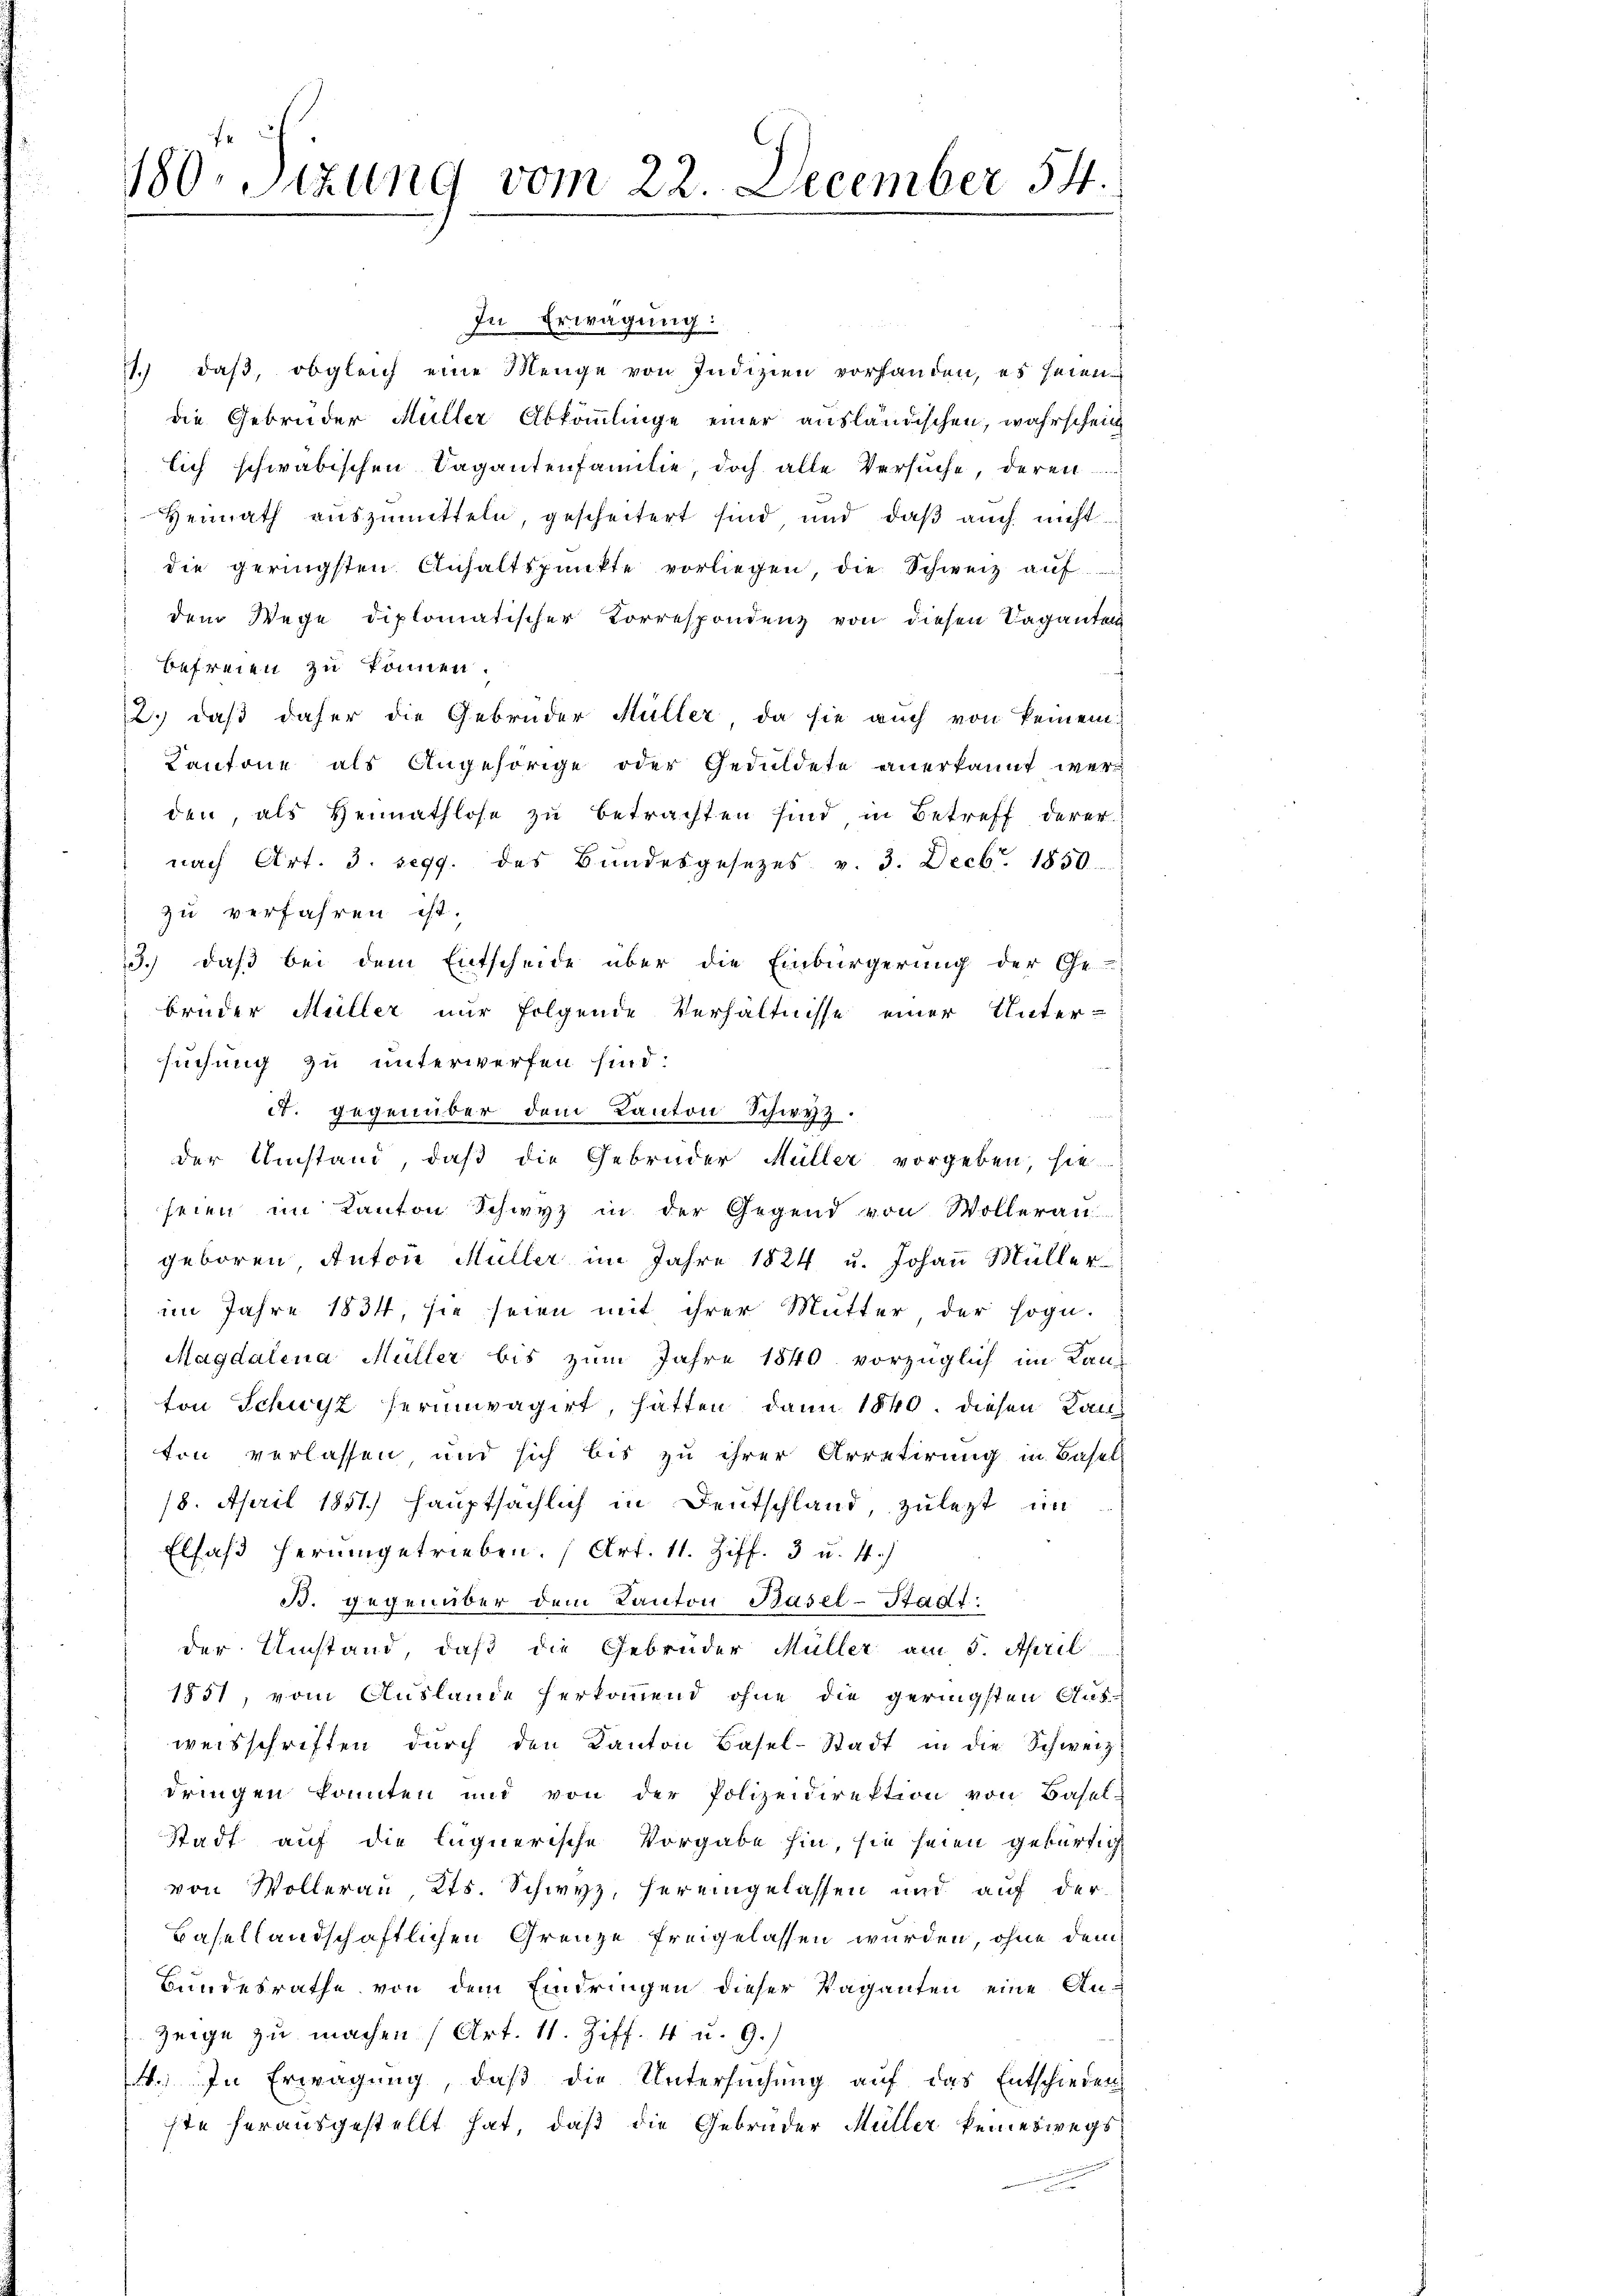
180. Sizung vom 22. December 54.

In Erwägung:
1.) daß, obgleich eine Menge von Indizien vorhanden, es seien
die Gebrüder Müller Abkömmlinge einer ausländischen, wahrschein
lich schwäbischen Sagantenfamilie, doch alle Versuche, deren
Heimath auszumitteln, gescheitert sind und daß auch nicht
die geringsten Anhaltspunkte vorliegen, die Schweiz auf
dem Wege diplomatischer Korrespondenz von diesen Vaganten
Befreien zu können.
2.) daß daher die Gebrüder Hüller, da sie auch von keinem
Kantone als Angehörige oder Geduldete anerkannt werden, als Heimathlose zu betrachten sind in Betreff derer
nach Art. 3. 1299 des Bundesgesetzes v. 3. Decb. 1850.
zu verfahren ist.
3.) daß bei dem Entscheide über die Einbürgerung der Ge-
brüder Müller nur folgende Verhältnisse einer Unter-
suchung zu unterwerfen sind.
A. gegenüber dem Kanton Schwyz.
der Umstand, daß die Gebrüder Müller vorgeben, sie
seien im Kanton Schwyz in der Gegend von Wolleran
geboren Anton Müller im Jahre 1824 u. Johann Müller
im Jahre 1834, sie seien mit ihrer Mutter der soge-
Magdalena Müller bis zum Jahre 1840 vorzüglich im Kan-
ton Schwyz herumvagirt, hätten, dann 1840. diesen Lan
ton verlassen und sich bis zu ihrer Arretirung in Basel-
18. April 1851.) Hauptsächlich in Deutschland, zulezt im
Elsaß herumgetrieben. (Art. 11. Ziff. 3 u. 4.)
B. gegenüber dem Kanton Basel-Stadt:
der Umstand, daß die Gebrüder Müller am 5. April
1851, vom Auslande herkommend ohne die geringsten Ausweisschriften durch den Kanton Basel-Stadt in die Schweiz
dringen konnten und von der Polizeidirektion von Basel-
Stadt auf die lignerische Vorgabe hin, sie seien gebürtig
von Wollerau, Kts. Schwyz, hereingelassen und auf der
Basellandschaftlichen Grenze freigelassen wurden, ohne dem
Bundesrathe von dem Eindringen dieser Vaganten eine An¬
Zeige zu machen (Art. 11. Ziff. 4 u. 9.)
4. In Erwägung, daß die Untersuchung auf das Entschieden
ste herausgestellt hat, daß die Gebrüder Müller keineswegs